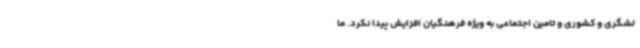
لشگری و کشوری و تامین اجتماعی به ویژه فرهنگیان افزایش پیدا نکرد. ما